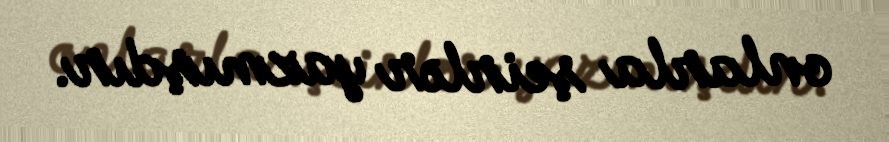
onlarla şeirlər yazmışdır.